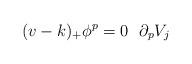
LaTeX: \begin{align*} (v-k)_+ \phi^p = 0 \ \ \partial_p V_j \end{align*}